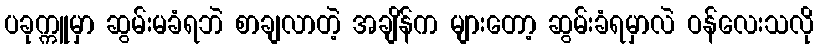
ပခုက္ကူမှာ ဆွမ်းမခံရဘဲ စာချလာတဲ့ အချိန်က များတော့ ဆွမ်းခံရမှာလဲ ဝန်လေးသလို